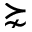
\succnsim